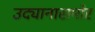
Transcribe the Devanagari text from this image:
उद्यानासमोर